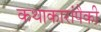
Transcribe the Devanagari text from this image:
कथाकारांपैकी